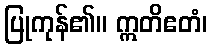
ပြုကုန်၏။ ဣတိဧတံ၊